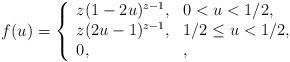
LaTeX: \begin{align*}f(u) = \left\{ \begin{array}{ll} z(1-2u)^{z-1}, & 0 < u < 1/2,\\ z(2u-1)^{z-1}, & 1/2 \le u < 1/2,\\0, & ,\\\end{array}\right.\\\end{align*}